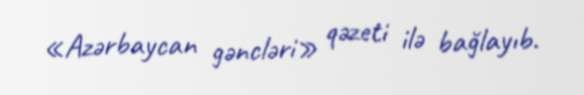
«Azərbaycan gəncləri» qəzeti ilə bağlayıb.